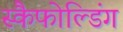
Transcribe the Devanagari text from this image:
स्कैफोल्डिंग